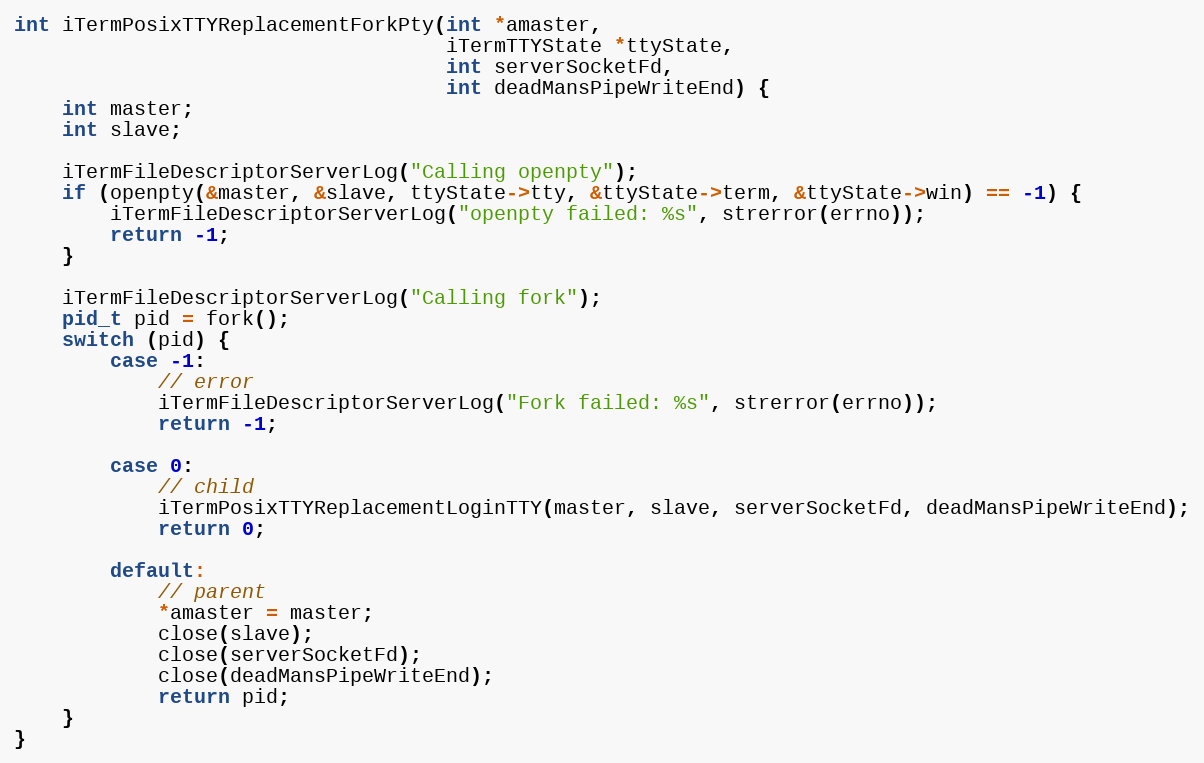
Language: C
int iTermPosixTTYReplacementForkPty(int *amaster,
                                    iTermTTYState *ttyState,
                                    int serverSocketFd,
                                    int deadMansPipeWriteEnd) {
    int master;
    int slave;

    iTermFileDescriptorServerLog("Calling openpty");
    if (openpty(&master, &slave, ttyState->tty, &ttyState->term, &ttyState->win) == -1) {
        iTermFileDescriptorServerLog("openpty failed: %s", strerror(errno));
        return -1;
    }

    iTermFileDescriptorServerLog("Calling fork");
    pid_t pid = fork();
    switch (pid) {
        case -1:
            // error
            iTermFileDescriptorServerLog("Fork failed: %s", strerror(errno));
            return -1;

        case 0:
            // child
            iTermPosixTTYReplacementLoginTTY(master, slave, serverSocketFd, deadMansPipeWriteEnd);
            return 0;

        default:
            // parent
            *amaster = master;
            close(slave);
            close(serverSocketFd);
            close(deadMansPipeWriteEnd);
            return pid;
    }
}